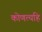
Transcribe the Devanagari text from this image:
कोणत्यहि